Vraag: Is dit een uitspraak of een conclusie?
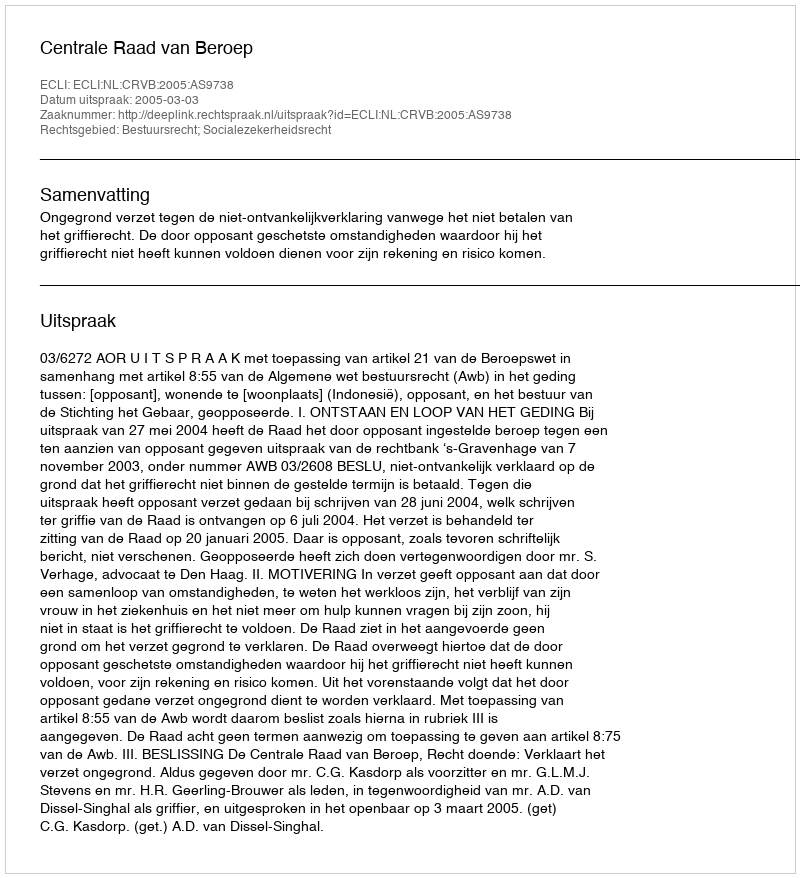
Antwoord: Uitspraak